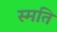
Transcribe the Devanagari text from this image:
स्मति